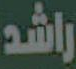
راشد